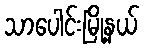
သာပေါင်းမြို့နယ်